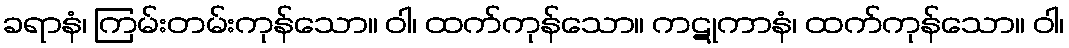
ခရာနံ၊ ကြမ်းတမ်းကုန်သော။ ဝါ၊ ထက်ကုန်သော။ ကဋုကာနံ၊ ထက်ကုန်သော။ ဝါ၊